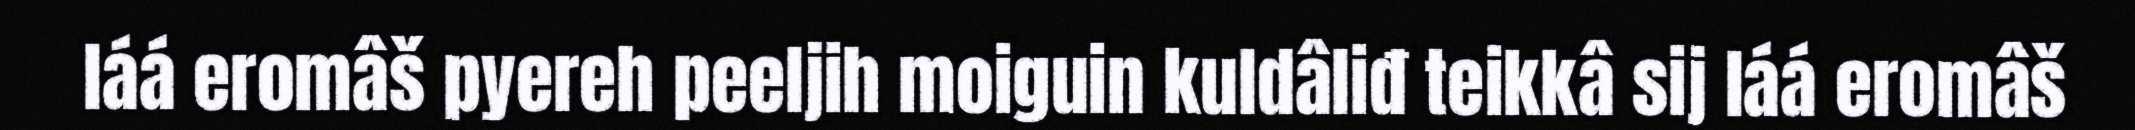
láá eromâš pyereh peeljih moiguin kuldâliđ teikkâ sij láá eromâš